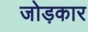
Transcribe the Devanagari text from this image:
जोड़कार